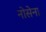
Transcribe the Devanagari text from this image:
नोसेना